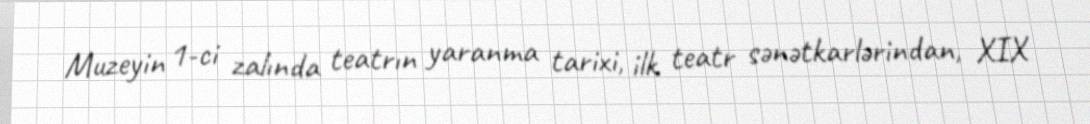
Muzeyin 1-ci zalında teatrın yaranma tarixi, ilk teatr sənətkarlərindan, XIX